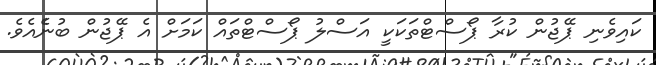
ކައިވެނި ޕޭޖުން ކުރާ ޕޯސްޓްތަކަކީ އަސްލު ޕޯސްޓްތައް ކަަމަށް އެ ޕޭޖުން ބުނެެއެވެ.